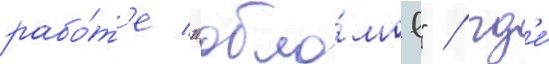
рабо́т'е "обло́мов" / гд'е́